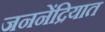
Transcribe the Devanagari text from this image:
जननेंद्रियात